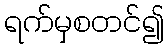
ရက်မှစတင်၍